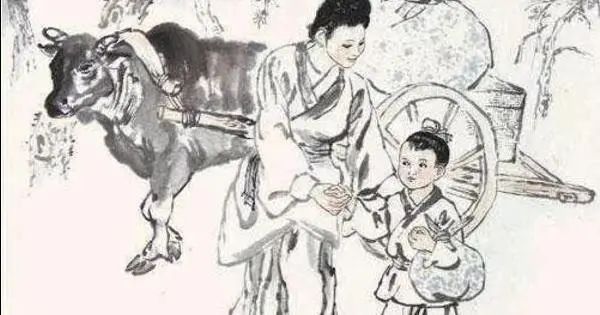
胡风吹代马，北拥鲁阳关。